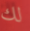
لك